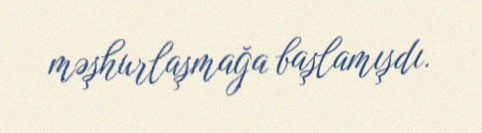
məşhurlaşmağa başlamışdı.